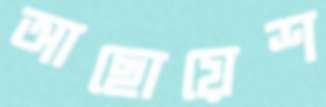
আছোয়েশ